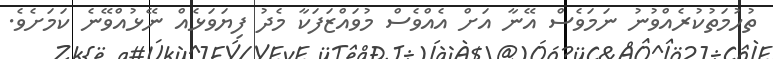
ތުހުމަތުކުރެއްވުނު ނަމަވެސް އޭނާ އަށް އެއްވެސް މުވައްޒަފަކާ މެދު ފިޔަވަޅެއް ނޭޅުއްވޭނެ ކަމަށެވެ.